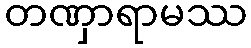
တဏှာရာမဿ